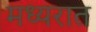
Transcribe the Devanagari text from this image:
मध्यरात